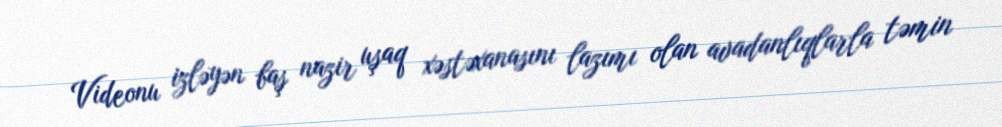
Videonu izləyən baş nazir uşaq xəstəxanasını lazımı olan avadanlıqlarla təmin